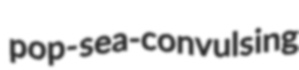
pop- sea-convulsing